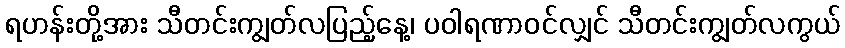
ရဟန်းတို့အား သီတင်းကျွတ်လပြည့်နေ့၊ ပဝါရဏာဝင်လျှင် သီတင်းကျွတ်လကွယ်